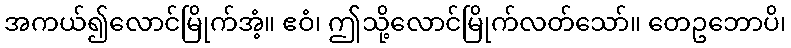
အကယ်၍လောင်မြိုက်အံ့။ ဧဝံ၊ ဤသို့လောင်မြိုက်လတ်သော်။ တေဥဘောပိ၊